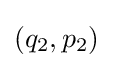
(q_{2},p_{2})